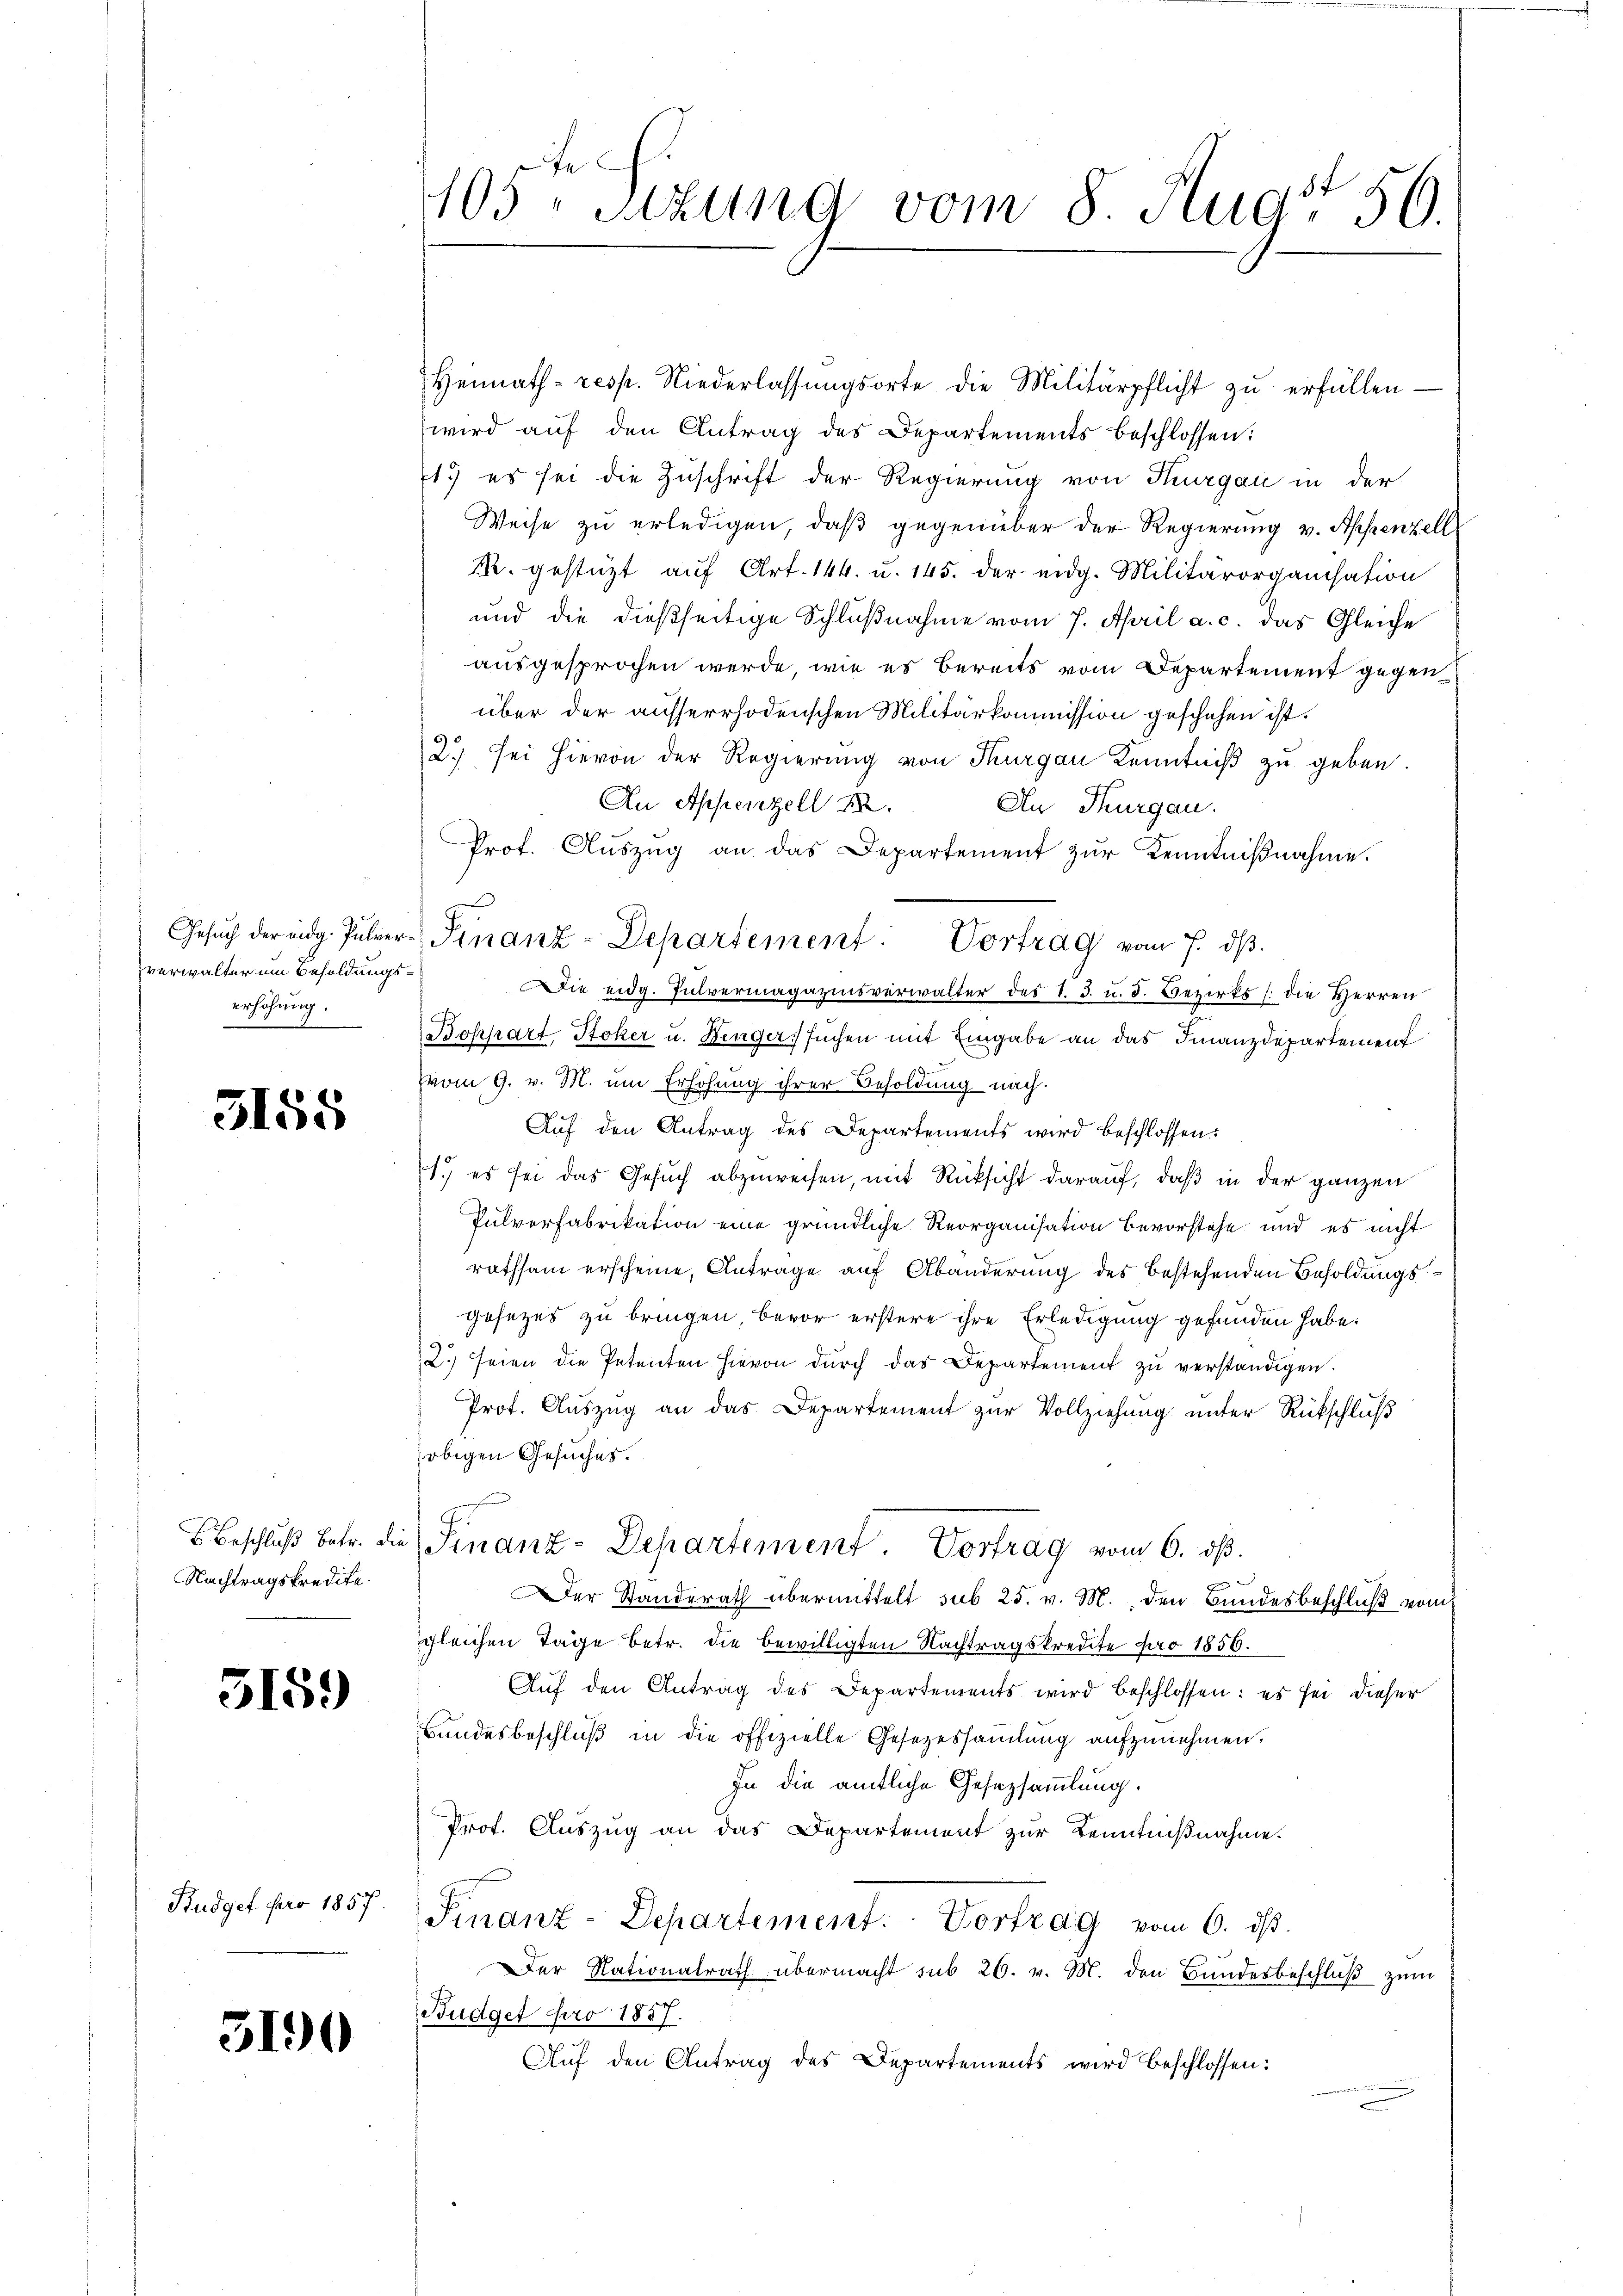
Gesuch der eidg. Pulververwalter um Besoldungserhöhung.

3158

Beschluß betr. die
Nachtragskredite.

3159

Budget pro 1857.

5190

e
105. Sitzung vom 8 Aug. 50.

Heimath- resp. Niederlassŭngsorte die Militärpflicht zŭ erfüllen-
wird auf den Antrag des Departements beschlossen:
1.) es sei die Zuschrift der Regierung von Thurgau in der
Weise zu erledigen, daß gegenüber der Regierung v. Appenzell
R. gestüzt auf Art. 144. u. 145. der eidg. Militärorganisation
und die dießseitige Schlußnahme vom 7. April a. c. das Gleiche
ausgesprochen werde, wie es bereits vom Departement gegenüber der ausserrhodenschen Militärkommission geschehen ist.
2.) Sei hievon der Regierung von Thurgau Kenntniß zu geben.
An Appenzell I. An Thurgau.
Prof. Aŭszŭg an das Departement zŭr Kenntniβnahme.
Die eidg. Pulvermagazinsverwalter des I. 3. u. 3. Bezirks /: die Herren
Boppart, Stoker u. Dinger, suchen mit Eingabe an das Finanzdepartement
vom 9. v. M. um Erhöhung ihrer Besoldung nach.
Auf den Antrag des Departements wird beschlossen:
1.) es sei das Gesuch abzuweisen, mit Rücksicht darauf, daß in der ganzen
Pulverfabrikation eine gründliche Reorganisation bevorstehe und es nicht
rathsam erscheine, Antrage auf Abänderung des bestehenden Besoldungsgesezes zu bringen, bevor erstere ihre Erledigung gefunden habe.
2) seien die Petenten hievon durch das Departement zu verständigen.
Prot. Auszug an das Departement zur Vollziehung unter Rückschluß
obigen Gesuches.
Finanz-Departement. Vortrag vom 6. ds.
Der Standerath übermittelt sub 25. v. M. den Bundesbeschluß vom
gleichen Tage betr. die bewilligten Nachtragskredite pro 1856.
Auf den Antrag des Departements wird beschlossen: es sei dieser
Bundesbeschluß in die offizielle Gesezessamlung aufzunehmen.
In die ämtliche Gesetzsammlung.
Prof. Auszug an das Departement zur Kenntnißnahme.
Finanz-Departement. Vortrag vom 6. ds.
Der Nationalrath übermacht sub 26. v. M. den Bandesbeschluß zum
Budget pro 1857.
Auf den Antrag des Departements wird beschlossen:

Finanz-Departement. Vortrag vom 7. dβ.